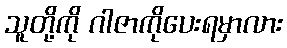
သူတို့ကို ဂါဇာကိုပေးရမှာလား